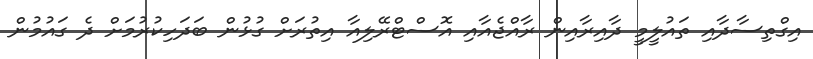
އިގްތިސާދާއި ތައުލީމީ ދާއިރާއިން ރާއްޖެއާއި އޮސްޓްރޭލިއާ އިތުރަށް ގުޅުން ބަދަހިކުރުމަށް ދެ ގައުމުން